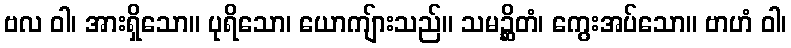
ဗလ ဝါ၊ အားရှိသော။ ပုရိသော၊ ယောကျ်ားသည်။ သမဉ္ဆိတံ၊ ကွေးအပ်သော။ ဗာဟံ ဝါ၊